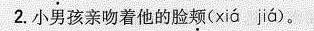
2.小男孩亲吻着他的脸颊(xiá jiá)。